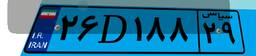
۵۱D۷۸۱۰۳